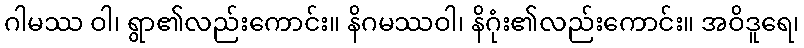
ဂါမဿ ဝါ၊ ရွာ၏လည်းကောင်း။ နိဂမဿဝါ၊ နိဂုံး၏လည်းကောင်း။ အဝိဒူရေ၊